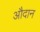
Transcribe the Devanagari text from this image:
औदान